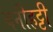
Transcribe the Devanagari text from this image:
बनीहट्टी